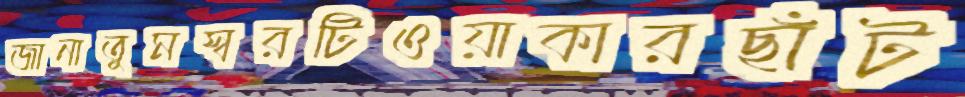
জানাতুমস্বরটিওয়াকারছাঁট